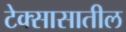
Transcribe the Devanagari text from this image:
टेक्सासातील